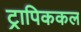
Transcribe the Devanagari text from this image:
ट्रापिककल